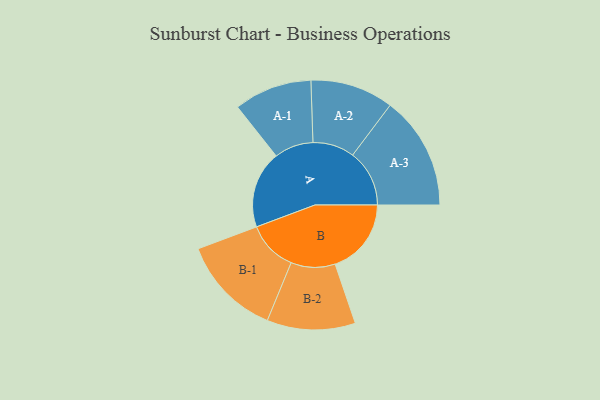
{"axis": {"x": "Segment", "y": "Value"}, "legend": ["", "A", "B"], "data": [{"x": "A", "y": 362, "type": ""}, {"x": "B", "y": 357, "type": ""}, {"x": "A-1", "y": 183, "type": "A"}, {"x": "A-2", "y": 195, "type": "A"}, {"x": "A-3", "y": 266, "type": "A"}, {"x": "B-1", "y": 236, "type": "B"}, {"x": "B-2", "y": 207, "type": "B"}]}